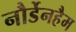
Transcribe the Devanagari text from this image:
नौर्डेनहैम